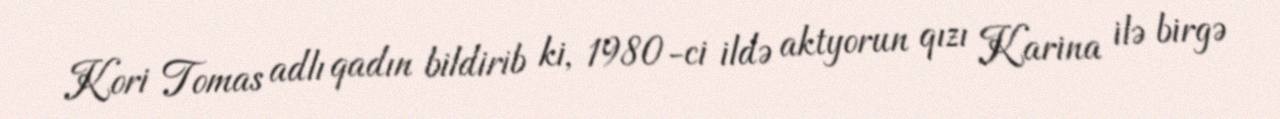
Kori Tomas adlı qadın bildirib ki, 1980-ci ildə aktyorun qızı Karina ilə birgə